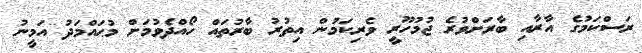
ރަސްކަމުގެ އާރާއި ބާރަށްވުރެ ޖުމުހޫރީ ވެރިކަމުން އިތުރު ބާރުތައް ހޯއްދެވުމަށް މުޙައްމަދު އަމީނު